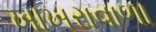
ખાખરાવાળા